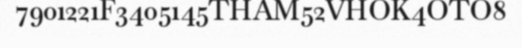
7901221F3405145THAM52VHOK4OTO8